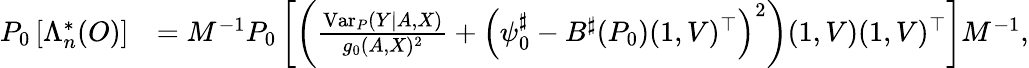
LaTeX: \begin{array}{rl}{P_{0}\left[\Lambda_{n}^{*}(O)\right]}&{=M^{-1}P_{0}\left[\left(\frac{\mathrm{Var}_{P}(Y\mid A,X)}{g_{0}(A,X)^{2}}+\left(\psi_{0}^{\sharp}-B^{\sharp}(P_{0})(1,V)^{\top}\right)^{2}\right)(1,V)(1,V)^{\top}\right]M^{-1},}\end{array}